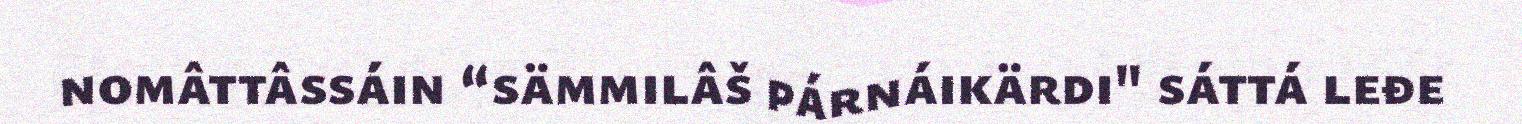
nomâttâssáin “sämmilâš párnáikärdi" sáttá leđe